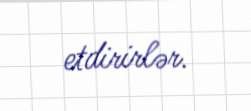
etdirirlər.